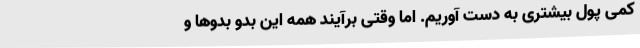
کمی پول بیشتری به دست آوریم. اما وقتی برآیند همه این بدو بدو‌ها و